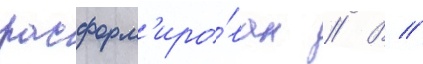
расформ'иро́ван // В //